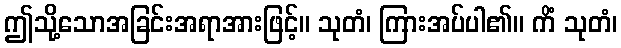
ဤသို့သောအခြင်းအရာအားဖြင့်။ သုတံ၊ ကြားအပ်ပါ၏။ ကိံ သုတံ၊